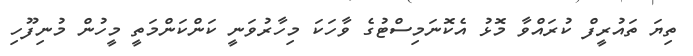
ތިޔަ ތައުރީފް ކުރައްވާ މޮޅު އެކޮނަމިސްޓުގެ ވާހަކަ މިހާރުވަނީ ކަންކަންމަތީ މީހުން މުނިފޫހި